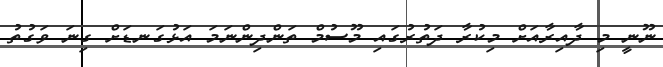
ނޫނީ މި ދާއިރާއަށް މިކުރާ ދަތުރުގައި މޫސުމް ތަންދިންނަމަ އަޅުގަނޑަށް ގިނަ ވަގުތު